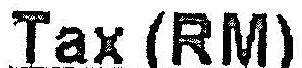
TAX (RM)